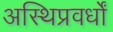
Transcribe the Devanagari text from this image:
अस्थिप्रवर्धों